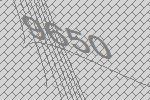
9650